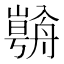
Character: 𱽀